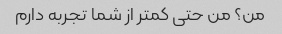
من؟ من حتی کمتر از شما تجربه دارم